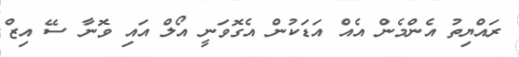
ރައްޔިތު އެންމެން އެއް އަޑަކުން އެގޮވަނީ އޯލް އައި ވޮނާ ސޭ އިޒް